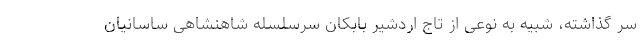
سر گذاشته، شبیه به نوعی از تاج اردشیر بابکان سرسلسله شاهنشاهی ساسانیان